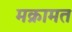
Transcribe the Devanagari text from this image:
मक्रामत